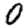
Digit: 0